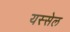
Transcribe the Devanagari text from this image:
यस्सेल